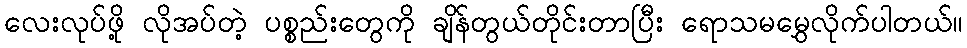
လေးလုပ်ဖို့ လိုအပ်တဲ့ ပစ္စည်းတွေကို ချိန်တွယ်တိုင်းတာပြီး ရောသမမွှေလိုက်ပါတယ်။